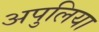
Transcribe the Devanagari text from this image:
अपुलिया